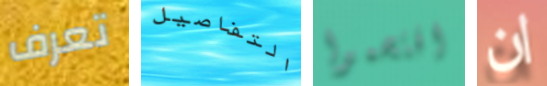
تعرف التفاصيل اقتحموا ان